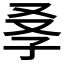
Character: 𡥍